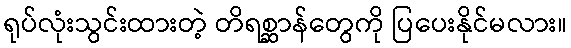
ရုပ်လုံးသွင်းထားတဲ့ တိရစ္ဆာန်တွေကို ပြပေးနိုင်မလား။